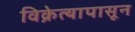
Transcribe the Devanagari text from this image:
विक्रेत्यापासून